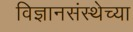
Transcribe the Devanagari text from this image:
विज्ञानसंस्थेच्या